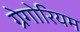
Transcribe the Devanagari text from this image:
ग्रेगोरियम